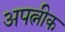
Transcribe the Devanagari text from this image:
अपत्नीक